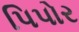
પિપોર